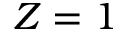
Z = 1